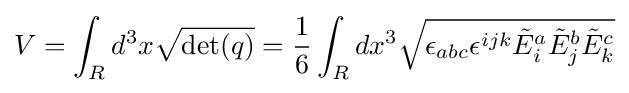
V=\int _{R}d^{3}x{\sqrt {\det(q)}}={1 \over 6}\int _{R}dx^{3}{\sqrt {\epsilon _{abc}\epsilon ^{ijk}{\tilde {E}}_{i}^{a}{\tilde {E}}_{j}^{b}{\tilde {E}}_{k}^{c}}}